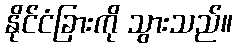
နိုင်ငံခြားကို သွားသည်။